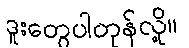
ဒူးတွေပါတုန်လို့။